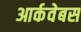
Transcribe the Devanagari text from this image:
आर्कवेबस